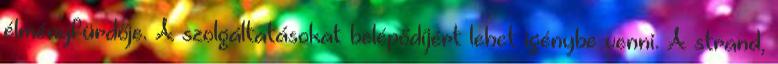
élményfürdője. A szolgáltatásokat belépődíjért lehet igénybe venni. A strand,